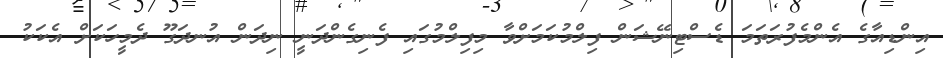
އިންޑިއާގެ އެންމެފުރަތަމަ ޑެސްޓިނޭޝަން ފިލްމުކަމަށްވާ މިފިލްމުގައި ފެނިގެންދަނީ ނިދަން އުނދަގޫ ދެމީހަކަށް އެކަކު